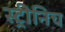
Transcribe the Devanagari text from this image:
स्ट्रीनिच